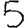
Digit: 5